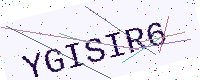
Text: YGISIR6